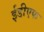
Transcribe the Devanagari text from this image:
ईडीएफ